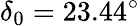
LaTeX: \delta_{0}=23.44^{\circ}